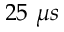
2 5 ~ \mu s